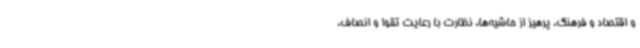
و اقتصاد و فرهنگ، پرهیز از حاشیه‌ها، نظارت با رعایت تقوا و انصاف،